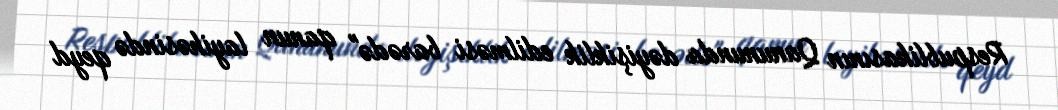
Respublikasının Qanununda dəyişiklik edilməsi barədə" qanun layihəsində qeyd